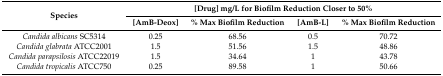
| <ROWSPAN=2> Species | <COLSPAN=4> [Drug] mg/L for Biofilm Reduction Closer to 50% |
 | [AmB-Deox] | % Max Biofilm Reduction | [AmB-L] | % Max Biofilm Reduction |
 | --- | --- | --- | --- | --- |
 | Candida albicans SC5314 | 0.25 | 68.56 | 0.5 | 70.72 |
 | Candida glabrata ATCC2001 | 1.5 | 51.56 | 1.5 | 48.86 |
 | Candida parapsilosis ATCC22019 | 1.5 | 34.64 | 1 | 43.78 |
 | Candida tropicalis ATCC750 | 0.25 | 89.58 | 1 | 50.66 |